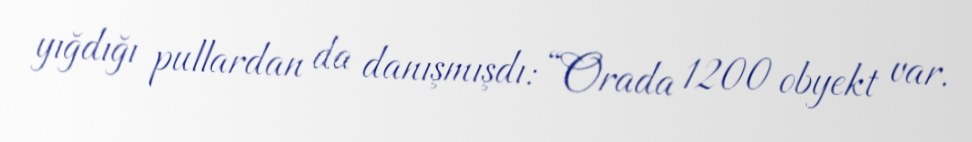
yığdığı pullardan da danışmışdı: “Orada 1200 obyekt var.